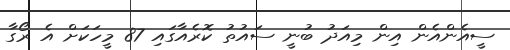
ސީއެންއެން އިން މިއަދު ބުނީ ސައުތު ކޮރެއާގައި 87 މީހަކަށް އެ ރޯގާ